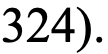
324).